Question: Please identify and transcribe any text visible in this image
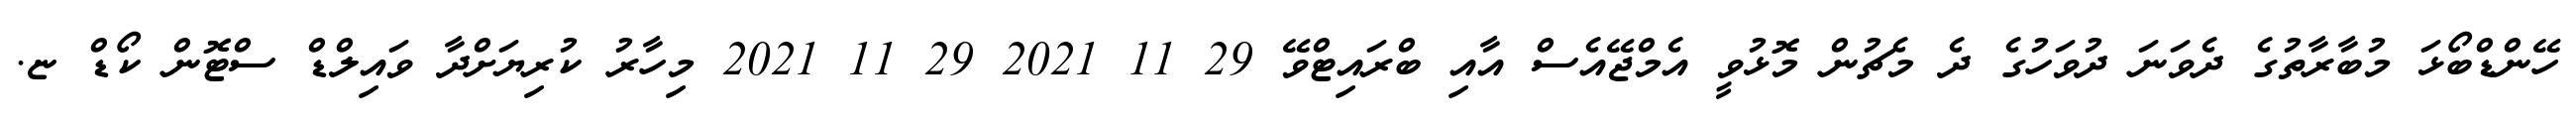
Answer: ހޭންޑްބޯޅަ މުބާރާތުގެ ދެވަނަ ދުވަހުގެ ދެ މެޗުން މޮޅުވީ އެމްޖޭއެސް އާއި ބްރައިޓްވޭ 29 11 2021 29 11 2021 މިހާރު ކުރިޔަށްދާ ވައިލްޑް ސްޓޮން ކޯޑް ޏ.